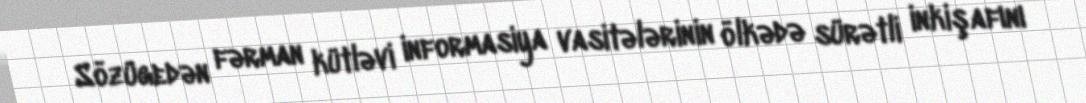
Sözügedən fərman kütləvi informasiya vasitələrinin ölkədə sürətli inkişafını